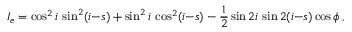
I _ { e } = \cos ^ { 2 } i \, \sin ^ { 2 } ( i { - } s ) + \sin ^ { 2 } i \, \cos ^ { 2 } ( i { - } s ) - { \frac { 1 } { 2 } } \sin 2 i \, \sin 2 ( i { - } s ) \cos \phi \, ,